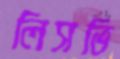
লিসভি